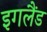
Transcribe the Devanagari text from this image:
इगलैंड